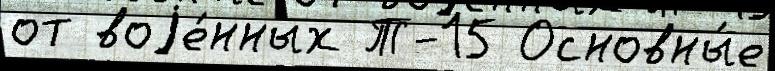
от воjе́нных Т-15 Основны́е